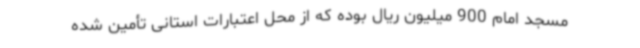
مسجد امام 900 میلیون ریال بوده که از محل اعتبارات استانی تأمین شده